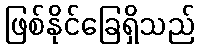
ဖြစ်နိုင်ခြေရှိသည်